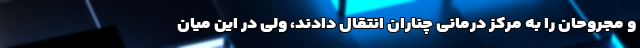
و مجروحان را به مرکز درمانی چناران انتقال دادند، ولی در این میان